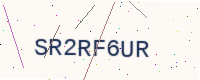
Text: SR2RF6UR